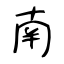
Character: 南